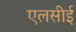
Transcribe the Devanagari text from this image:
एलसीई